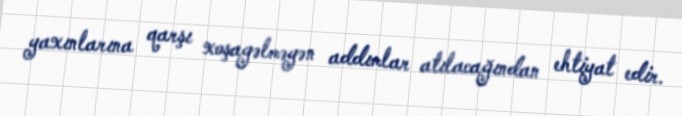
yaxınlarına qarşı xoşagəlməyən addımlar atılacağından ehtiyat edir.